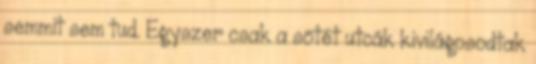
semmit sem tud. Egyszer csak a sötét utcák kivilágosodtak